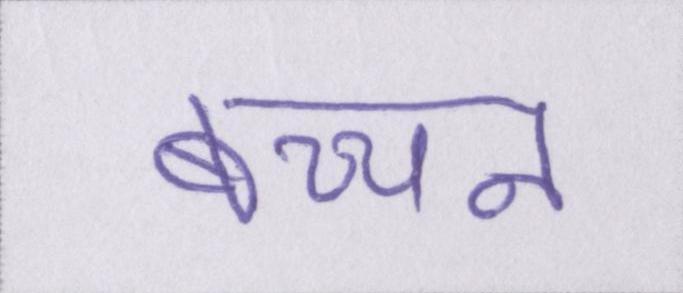
बच्चन